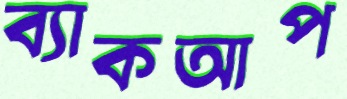
ব্যাকআপ